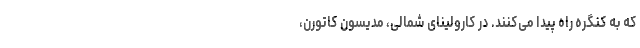
که به کنگره راه پیدا می‌کنند. در کارولینای شمالی، مدیسون کاتورن،